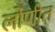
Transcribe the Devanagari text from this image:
लोणीत